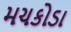
મચકોડા